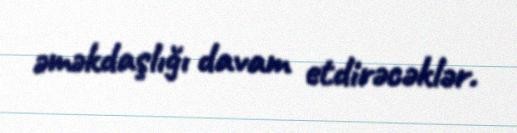
əməkdaşlığı davam etdirəcəklər.